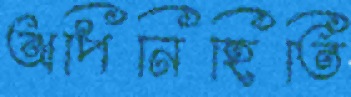
অপিনিহিতি